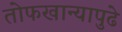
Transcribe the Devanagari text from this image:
तोफखान्यापुढे